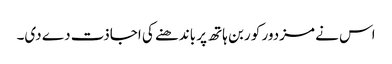
اس نے مزدور کو ربن ہاتھ پر باندھنے کی اجاذت دے دی۔